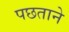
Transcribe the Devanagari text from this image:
पछताने